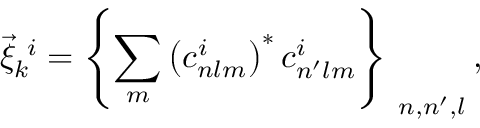
\vec { \xi } _ { k } ^ { \ i } = \left\{ \sum _ { m } \left( c _ { n l m } ^ { i } \right) ^ { * } c _ { n ^ { \prime } l m } ^ { i } \right\} _ { \ n , n ^ { \prime } , l } ,